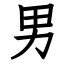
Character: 男